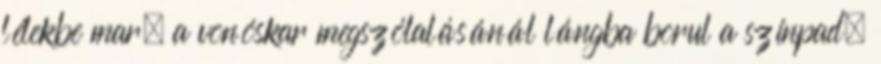
lélekbe mar, a vonóskar megszólalásánál lángba borul a színpad.